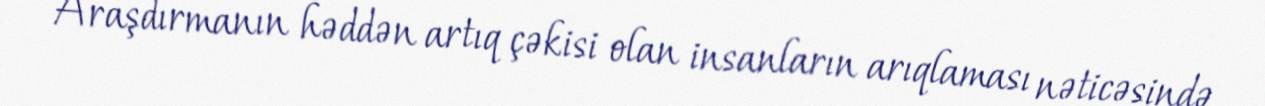
Araşdırmanın həddən artıq çəkisi olan insanların arıqlaması nəticəsində